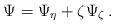
LaTeX: \begin{align*}\Psi = \Psi _{\eta } + \zeta \Psi _{\zeta }\,.\end{align*}